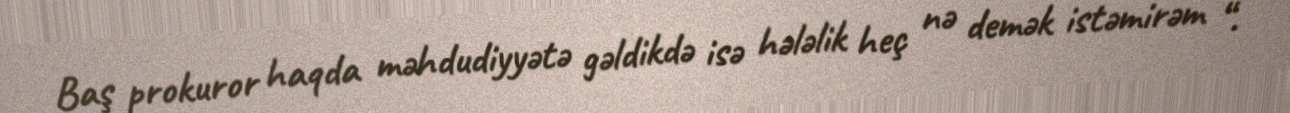
Baş prokuror haqda məhdudiyyətə gəldikdə isə hələlik heç nə demək istəmirəm “.